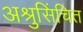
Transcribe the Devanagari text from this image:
अश्रुसिंचित